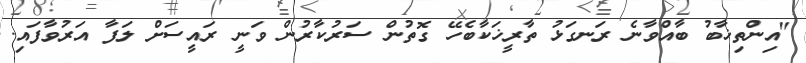
"އިންތިޚާބު ބާއްވާނެ ރަނގަޅު ތާރީޚަކާބެހޭ ގޮތުން ސަރުކާރުން ވަނީ ރައީސަށް ލަފާ އަރުވާފައި.